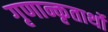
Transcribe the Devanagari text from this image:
गृणान्कृतार्थो